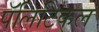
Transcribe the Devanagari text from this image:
पॅलिटिकल